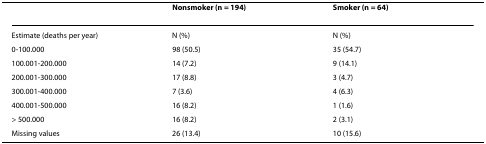
<table><thead><tr><td></td><td><b>Nonsmoker (n = 194)</b></td><td><b>Smoker (n = 64)</b></td></tr></thead><tbody><tr><td>Estimate (deaths per year)</td><td>N (%)</td><td>N (%)</td></tr><tr><td>0-100.000</td><td>98 (50.5)</td><td>35 (54.7)</td></tr><tr><td>100.001-200.000</td><td>14 (7.2)</td><td>9 (14.1)</td></tr><tr><td>200.001-300.000</td><td>17 (8.8)</td><td>3 (4.7)</td></tr><tr><td>300.001-400.000</td><td>7 (3.6)</td><td>4 (6.3)</td></tr><tr><td>400.001-500.000</td><td>16 (8.2)</td><td>1 (1.6)</td></tr><tr><td>&gt; 500.000</td><td>16 (8.2)</td><td>2 (3.1)</td></tr><tr><td>Missing values</td><td>26 (13.4)</td><td>10 (15.6)</td></tr></tbody></table>